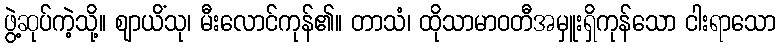
ဖွဲ့ဆုပ်ကဲ့သို့။ ဈာယိံသု၊ မီးလောင်ကုန်၏။ တာသံ၊ ထိုသာမာဝတီအမှူးရှိကုန်သော ငါးရာသော